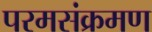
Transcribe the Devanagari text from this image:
परमसंक्रमण